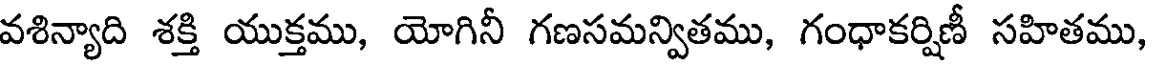
వశిన్యాది శక్తి యుక్తము, యోగినీ గణసమన్వితము, గంధాకర్షిణీ సహితము,